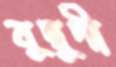
বুদ্বুদী